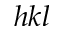
h k l